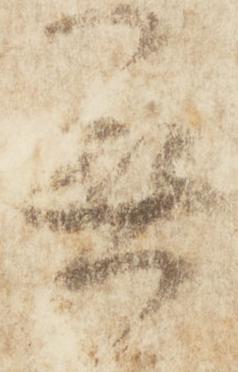
無